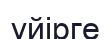
ұйірге